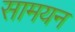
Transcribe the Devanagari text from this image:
सामयन